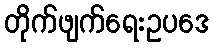
တိုက်ဖျက်ရေးဥပဒေ